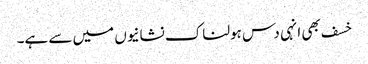
خسف بھی انہی دس ہولناک نشانیوں میں سے ہے۔